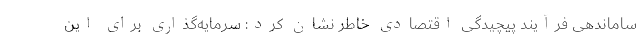
ساماندهی فرآیند پیچیدگی اقتصادی خاطر نشان کرد: سرمایه‌گذاری برای این